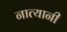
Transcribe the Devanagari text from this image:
नात्यानी